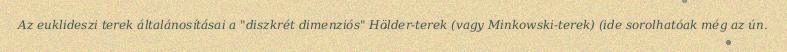
Az euklideszi terek általánosításai a "diszkrét dimenziós" Hölder-terek (vagy Minkowski-terek) (ide sorolhatóak még az ún.